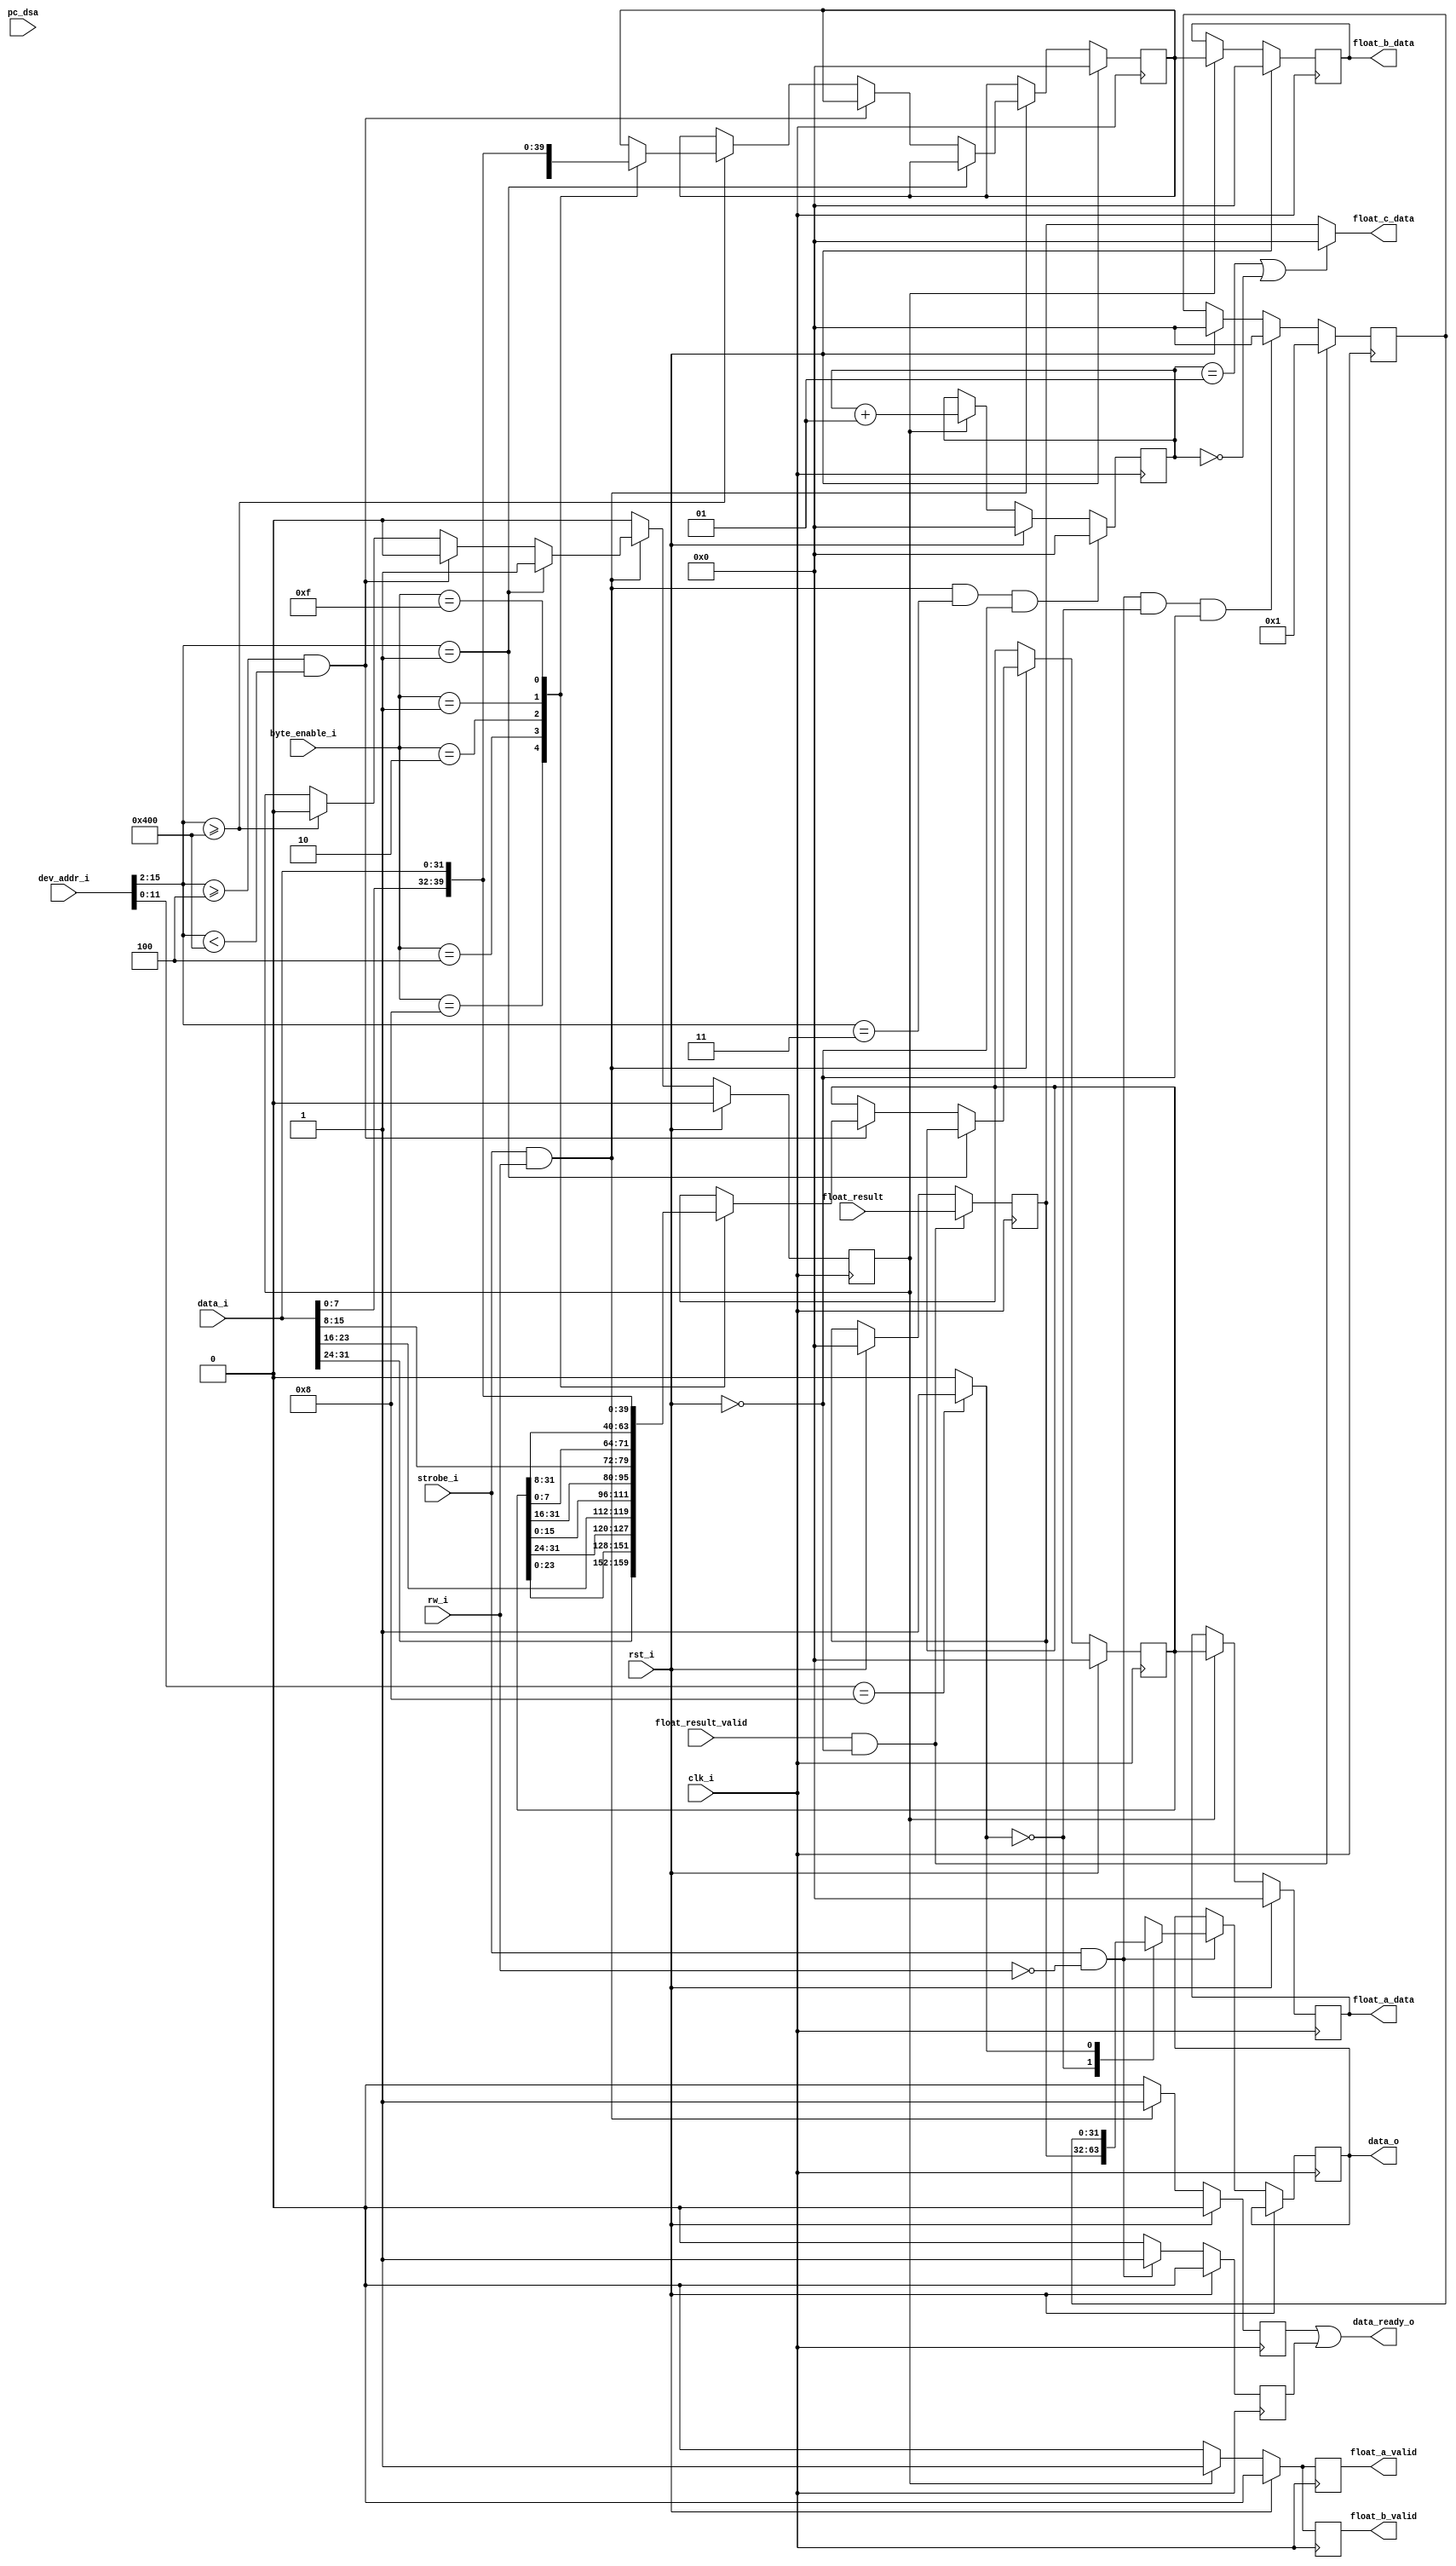
`timescale 1ns / 1ps
//////////////////////////////////////////////////////////////////////////////////
// 0716031
//////////////////////////////////////////////////////////////////////////////////


module core2float #( parameter XLEN = 32, parameter AXI_ADDR_LEN = 8)
(
    input                 clk_i,
    input                 rst_i,
    (* mark_debug = "true" *)input [XLEN - 1 : 0]  pc_dsa,
    
    // Aquila
    (* mark_debug = "true" *)input                 strobe_i,
    (* mark_debug = "true" *)input [XLEN-1 : 0]    dev_addr_i,
    (* mark_debug = "true" *)input                 rw_i,
    (* mark_debug = "true" *)input [XLEN/8-1 : 0]  byte_enable_i,
    (* mark_debug = "true" *)input [XLEN-1 : 0]    data_i,
    (* mark_debug = "true" *)output                data_ready_o,
    (* mark_debug = "true" *)output reg [XLEN-1 : 0]   data_o,
    
    // AXI
    (* mark_debug = "true" *)output reg                float_a_valid,
    (* mark_debug = "true" *)output reg [XLEN - 1 : 0] float_a_data,
    (* mark_debug = "true" *)output reg                float_b_valid,
    (* mark_debug = "true" *)output reg [XLEN - 1 : 0] float_b_data,
    (* mark_debug = "true" *)input                 float_result_valid,
    (* mark_debug = "true" *)input [XLEN - 1 : 0]  float_result,
    (* mark_debug = "true" *)output [XLEN - 1 : 0] float_c_data
);

wire             raddr;
(* mark_debug = "true" *)wire [14 - 1: 0] waddr;
assign raddr = (dev_addr_i[12 - 1 : 0] == 12'h8)? 1:0;
assign waddr = dev_addr_i[16 - 1 : 2];

(* mark_debug = "true" *)reg en;
reg write_done;
reg read_done;

reg  [XLEN-1 : 0] a_input_buffer_mem;
reg  [XLEN-1 : 0] b_input_buffer_mem;

reg  [XLEN-1 : 0] feeder_mem[0 : 1];
//(* mark_debug = "true" *)reg  [XLEN-1 : 0] vector_size;
(* mark_debug = "true" *)integer count;

(* mark_debug = "true" *)reg PC_start;
(* mark_debug = "true" *)reg               comp;
(* mark_debug = "true" *)reg  [XLEN-1 : 0] comp_clock;
(* mark_debug = "true" *)reg               feed;
(* mark_debug = "true" *)reg  [XLEN-1 : 0] feeding_clock;


always @(posedge clk_i) begin
    if (rst_i)
    begin
        a_input_buffer_mem <= 32'b0;
        b_input_buffer_mem <= 32'b0;
        en <= 0;
        write_done <= 0;
        feed <= 0;
    end
    else if(strobe_i & rw_i)
    begin
        if(waddr == 12'h1) begin
            en <= 1;
            feed <= 0;
        end
        else if(waddr >= 12'h4 && waddr < 12'h400) begin
            case(byte_enable_i)
                4'b1000: begin
                    a_input_buffer_mem <= {data_i[31: 24],a_input_buffer_mem[23: 0]};
                end
                4'b0100: begin
                    a_input_buffer_mem <= {a_input_buffer_mem[31: 24],data_i[23: 16],a_input_buffer_mem[15: 0]};
                end
                4'b0010: begin
                    a_input_buffer_mem <= {a_input_buffer_mem[31: 16],data_i[15: 8],a_input_buffer_mem[7: 0]};
                end
                4'b0001: begin
                    a_input_buffer_mem <= {a_input_buffer_mem[31: 8],data_i[7: 0]};
                end
                4'b1111: begin
                    //word
                    a_input_buffer_mem <= data_i;
                end
            endcase
           en <= 0;
           feed <= 1;
        end
        else if(waddr >= 12'h400) begin
            case(byte_enable_i)
                4'b1000: begin
                    b_input_buffer_mem <= {data_i[31: 24],b_input_buffer_mem[23: 0]};
                end
                4'b0100: begin
                    b_input_buffer_mem <= {b_input_buffer_mem[31: 24],data_i[23: 16],b_input_buffer_mem[15: 0]};
                end
                4'b0010: begin
                    b_input_buffer_mem <= {b_input_buffer_mem[31: 16],data_i[15: 8],b_input_buffer_mem[7: 0]};
                end
                4'b0001: begin
                    b_input_buffer_mem <= {b_input_buffer_mem[31: 8],data_i[7: 0]};
                end
                4'b1111: begin
                    //word
                    b_input_buffer_mem <= data_i;
                end
            endcase
            en <= 0;
            feed <= 1;
        end
        write_done <= 1;
    end
    else begin
        en <= 0;
        write_done <= 0;
    end
end

assign float_c_data = (count == 1 || count == 0)? 32'b0 : feeder_mem[0];
always @(posedge clk_i) begin
    if (rst_i) begin
        float_a_valid <= 0;
        float_a_data <= 32'b0;
        float_b_valid <= 0;
        float_b_data <= 32'b0;
        count <= 0;
        feeder_mem[0] <= 32'b0;
        feeder_mem[1] <= 32'b0;
        comp <= 0;
        //vector_size <= 0;
    end
    else if(en) begin
        count <= count + 1;
        float_a_valid <= 1;
        float_a_data <= a_input_buffer_mem;
        float_b_valid <= 1;
        float_b_data <= b_input_buffer_mem;
        comp <= 1;
    end
    else begin
        float_a_valid <= 0;
        float_b_valid <= 0;
    end
    if(float_result_valid && ~rst_i) begin
            feeder_mem[0] <= float_result;
            feeder_mem[1] <= 1;
            //comp <= 0;
    end
    else if(strobe_i & ~rw_i & raddr == 0 && ~rst_i) begin
        feeder_mem[1] <= 0;
    end
    if(float_result_valid && ~rst_i && ~en) begin
            comp <= 0;
    end
    if(strobe_i & rw_i & waddr == 12'h3 & ~rst_i) begin
        //vector_size <= data_i;
        count <= 0;
    end
end

always @(posedge clk_i) begin
    if(rst_i) begin
        read_done <= 0;
    end
    else begin
        if(strobe_i & ~rw_i)
        begin
            data_o <= feeder_mem[raddr]; 
            read_done <= 1;
        end
        else begin
            read_done <= 0;
        end
    end
end

assign data_ready_o = write_done | read_done;

//PC
always @(posedge clk_i) begin
    if (rst_i) begin
        PC_start <= 0;
    end
    else if(pc_dsa == 32'h80001f14) PC_start <= 1;
end

//clock counting
always @(posedge clk_i) begin
    if (rst_i) begin
        comp_clock <= 0;
        feeding_clock <= 0;
    end
    else if(PC_start == 1)begin
        if(comp == 1) comp_clock <= comp_clock + 1;
        if(feed == 1) feeding_clock <= feeding_clock + 1;
    end
end

endmodule